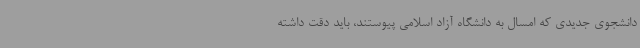
دانشجوی جدیدی که امسال به دانشگاه آزاد اسلامی پیوستند، باید دقت داشته